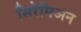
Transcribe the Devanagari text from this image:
सिरेमिअन